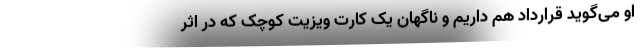
او می‌گوید قرارداد هم داریم و ناگهان یک کارت ویزیت کوچک که در اثر